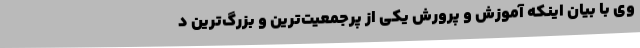
وی با بیان اینکه آموزش‌ و پرورش یکی از پرجمعیت‌ترین و بزرگ‌ترین د